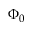
\Phi _ { 0 }